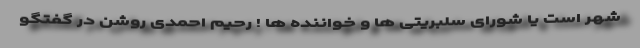
شهر است یا شورای سلبریتی ها و خواننده ها ! رحیم احمدی روشن در گفتگو